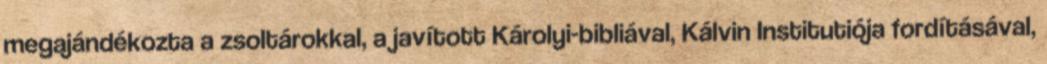
megajándékozta a zsoltárokkal, a javított Károlyi-bibliával, Kálvin Institutiója fordításával,